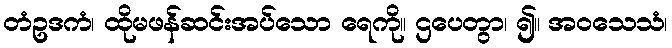
တံဥဒကံ၊ ထိုမဖန်ဆင်းအပ်သော ရေကို။ ဌပေတွာ၊ ၍။ အဝသေသံ၊